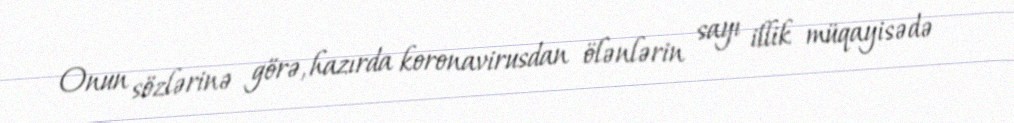
Onun sözlərinə görə, hazırda koronavirusdan ölənlərin sayı illik müqayisədə